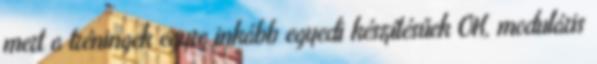
mert a tréningek egyre inkább egyedi készítésűek OK, moduláris